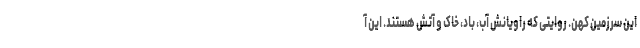
این سرزمین کهن. روایتی که راویانش آب، باد، خاک و آتش هستند. این آ